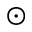
\odot